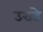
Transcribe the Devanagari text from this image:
उराडे